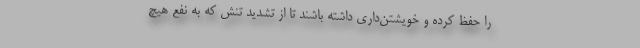
را حفظ کرده و خویشتن‌داری داشته باشند تا از تشدید تنش که به نفع هیچ